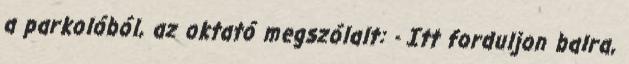
a parkolóból, az oktató megszólalt: - Itt forduljon balra,